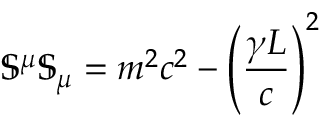
\mathbb { S } ^ { \mu } \mathbb { S } _ { \mu } = m ^ { 2 } c ^ { 2 } - \left( \frac { \gamma L } { c } \right) ^ { 2 }